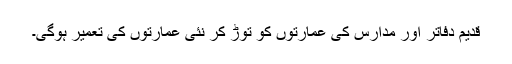
قدیم دفاتر اور مدارس کی عمارتوں کو توڑ کر نئی عمارتوں کی تعمیر ہوگی۔